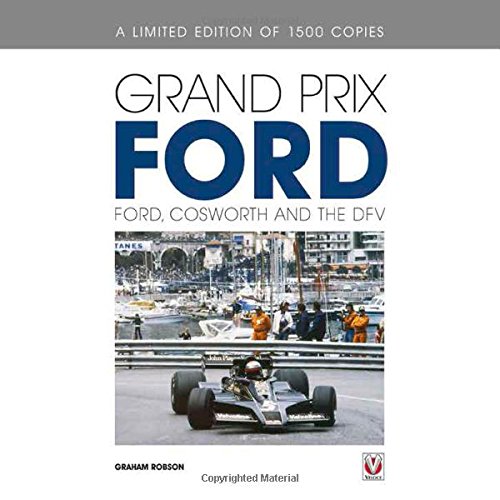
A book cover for Grand Prix Ford - Limited Edition: Ford, Cosworth and the DFV; Graham Robson; Engineering & Transportation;